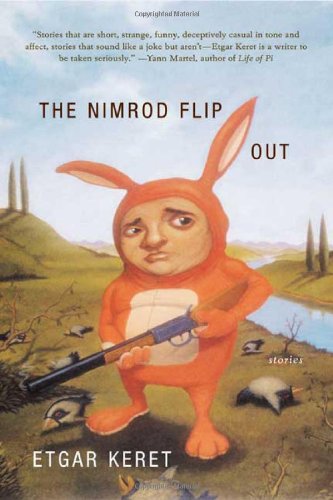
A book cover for The Nimrod Flipout: Stories; Etgar Keret; Literature & Fiction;